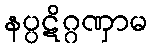
နပ္ပဋိဂ္ဂဏှာမ